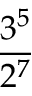
\frac { 3 ^ { 5 } } { 2 ^ { 7 } }